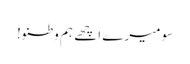
سو میرے اچھے ہم وطنو!